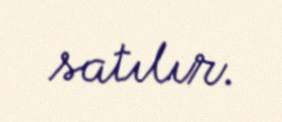
satılır.